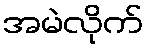
အမဲလိုက်